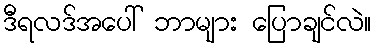
ဒီရလဒ်အပေါ် ဘာများ ပြောချင်လဲ။